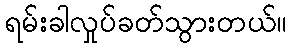
ရမ်းခါလှုပ်ခတ်သွားတယ်။